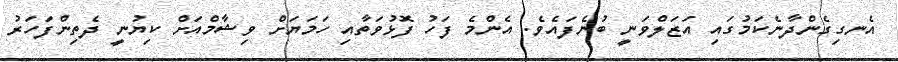
އެނގިގެންދާނެކަމުގައި އަޒަލްވަނީ ބުނެފައެވެ. އެންމެ ފަހު ފޮޅުވަތާއި ހަމަޔަށް ވިޝާމްއަށް ކިޔުނީ ދެތިންފަހަރު